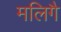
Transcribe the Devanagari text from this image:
मलिगै